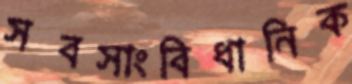
সবসাংবিধানিক